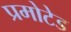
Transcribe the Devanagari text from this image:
प्रमोटेड